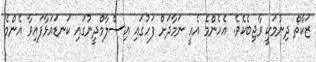
ޒަކާތް ދިނުމަކީ ވާޖިބެކެވެ. އެހެންމެ އެއީ ނަމާދަށް ފަހުގައި އިސްލާމްދީނުގައި ކަނޑައަޅާފައިވާ އެންމެ